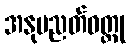
အနုပညတ်ဝတ္ထု